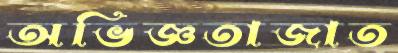
অভিজ্ঞতাজাত